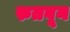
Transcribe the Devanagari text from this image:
रुतवून